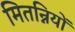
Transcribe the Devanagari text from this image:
मितन्नियों